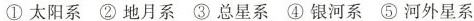
①太阳系 ②地月系 ③总星系 ④银河系 ⑤河外星系